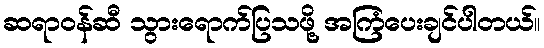
ဆရာဝန်ဆီ သွားရောက်ပြသဖို့ အကြံပေးချင်ပါတယ်။